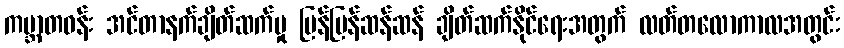
ကမ္ဘာတဝန်း အင်တာနက်ချိတ်ဆက်မှု မြန်မြန်ဆန်ဆန် ချိတ်ဆက်နိုင်ရေးအတွက် လတ်တလောကာလအတွင်း